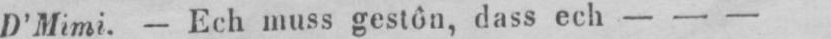
D’Mimi. - Ech muss gestôn, dass ech - - -